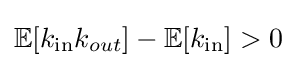
\mathbb {E} [k_{\text{in}}k_{out}]-\mathbb {E} [k_{\text{in}}]>0